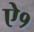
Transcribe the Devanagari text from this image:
ऐ१